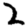
Digit: 2